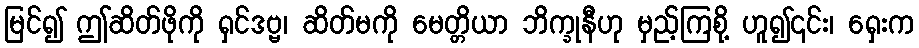
မြင်၍ ဤဆိတ်ဖိုကို ရှင်ဒဗ္ဗ၊ ဆိတ်မကို မေတ္တိယာ ဘိက္ခုနီဟု မှည့်ကြစို့ ဟူ၍၎င်း၊ ရှေးက